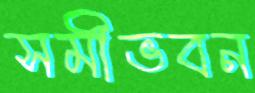
সমীভবন